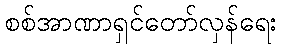
စစ်အာဏာရှင်တော်လှန်ရေး